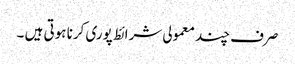
صرف چند معمولی شرائط پوری کرنا ہوتی ہیں ۔